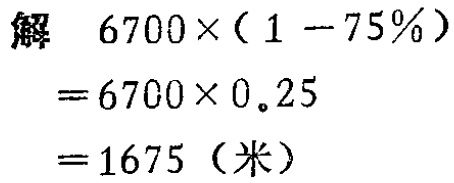
解

\[

\begin{align*}

&6700\times(1 - 75\%)\\

=&6700\times0.25\\

=&1675 \text{（米）}

\end{align*}

\]